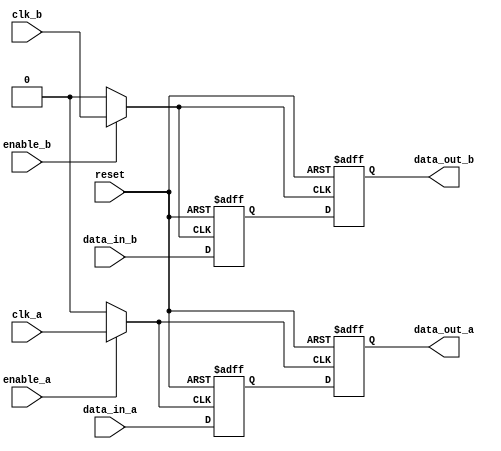
module memory_block_gating (
    input wire clk_a,          // Clock for domain A
    input wire clk_b,          // Clock for domain B
    input wire enable_a,       // Enable signal for memory block A
    input wire enable_b,       // Enable signal for memory block B
    input wire reset,          // Asynchronous reset
    input wire [7:0] data_in_a,// Data input for memory block A
    input wire [7:0] data_in_b,// Data input for memory block B
    output reg [7:0] data_out_a,// Data output for memory block A
    output reg [7:0] data_out_b // Data output for memory block B
);

// Internal signals for clock gating
wire gated_clk_a;
wire gated_clk_b;

// Clock gating logic
assign gated_clk_a = enable_a ? clk_a : 1'b0; // Gate clock A
assign gated_clk_b = enable_b ? clk_b : 1'b0; // Gate clock B

// Memory block A
reg [7:0] mem_a; // Memory storage for block A

always @(posedge gated_clk_a or posedge reset) begin
    if (reset) begin
        mem_a <= 8'b0; // Reset memory A
        data_out_a <= 8'b0; // Reset output A
    end else begin
        mem_a <= data_in_a; // Write data to memory A
        data_out_a <= mem_a; // Read data from memory A
    end
end

// Memory block B
reg [7:0] mem_b; // Memory storage for block B

always @(posedge gated_clk_b or posedge reset) begin
    if (reset) begin
        mem_b <= 8'b0; // Reset memory B
        data_out_b <= 8'b0; // Reset output B
    end else begin
        mem_b <= data_in_b; // Write data to memory B
        data_out_b <= mem_b; // Read data from memory B
    end
end

endmodule